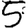
Digit: 5